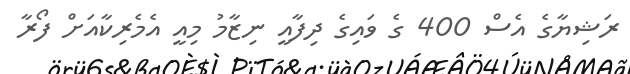
ރަޝިޔާގެ އެސް 400 ގެ ވައިގެ ދިފާއީ ނިޒާމު މިއީ އެމެރިކާއަށް ފޯރާ